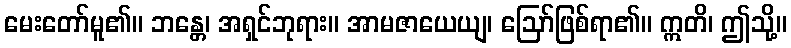
မေးတော်မူ၏။ ဘန္တေ၊ အရှင်ဘုရား။ အာမဇာယေယျ၊ ဩော်ဖြစ်ရာ၏။ ဣတိ၊ ဤသို့။